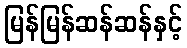
မြန်မြန်ဆန်ဆန်နှင့်